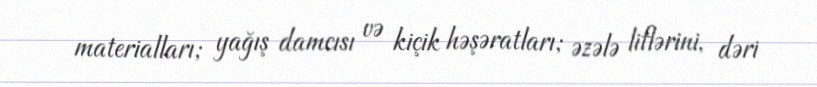
materialları; yağış damcısı və kiçik həşəratları; əzələ liflərini, dəri